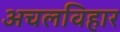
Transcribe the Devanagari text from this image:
अचलविहार